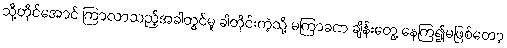
သို့တိုင်အောင် ကြာလာသည့်အခါတွင်မူ ခါတိုင်းကဲ့သို့ မကြာခဏ ချိန်းတွေ့ နေကြ၍မဖြစ်တော့